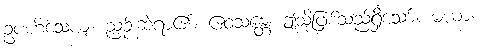
ဥပဟိံသေယျံ၊ ညှဉ်းဆဲရာ၏။ ဧဝံသန္တေ၊ ဤသို့ဖြစ်သည်ရှိသော်။ မယာ၊